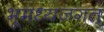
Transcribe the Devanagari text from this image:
भूमध्यजगत्‌